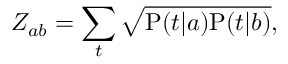
Z _ { a b } = \sum _ { t } \sqrt { \mathrm { P } ( t | a ) \mathrm { P } ( t | b ) } ,